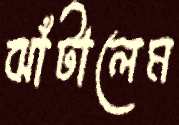
ঝাঁটালেম